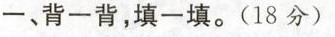
一、背一背，填一填。(18分)